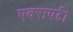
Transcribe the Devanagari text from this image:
एक्सपर्ट।